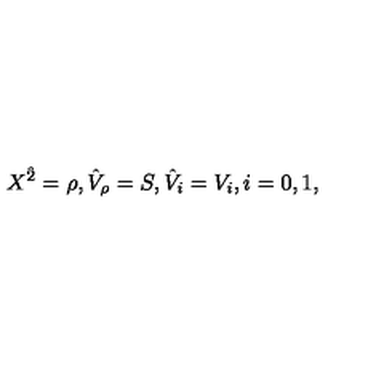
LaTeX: X ^ { \hat { 2 } } = \rho , { \hat { V } } _ { \rho } = S , { \hat { V } } _ { i } = V _ { i } , i = 0 , 1 ,